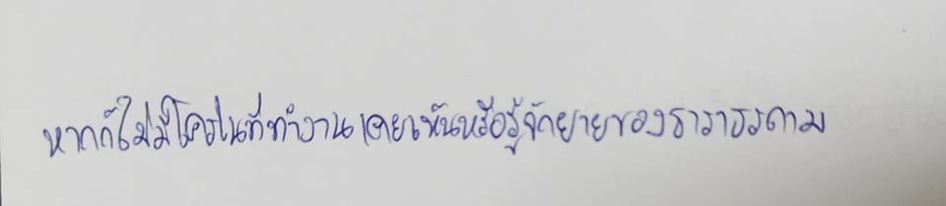
หากก็ไม่มีใครในที่ทำงานเคยเห็นหรือรู้จักยายของธาราธรถาม